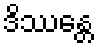
ဒိဿန္တေ